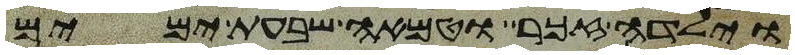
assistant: וילדה זכר וטמאה שבעת ימים